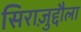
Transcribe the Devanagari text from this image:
सिराज़ुद्दौला